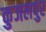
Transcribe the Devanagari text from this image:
कुजलपुर